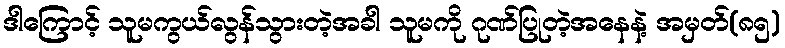
ဒါကြောင့် သူမကွယ်လွန်သွားတဲ့အခါ သူမကို ဂုဏ်ပြုတဲ့အနေနဲ့ အမှတ်(၈၅)